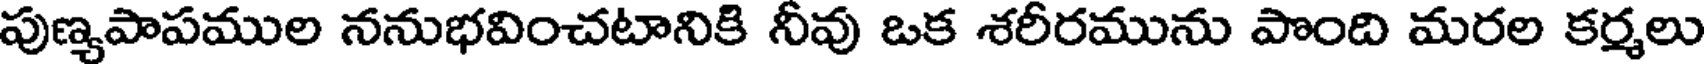
పుణ్యపాపముల ననుభవించటానికి నీవు ఒక శరీరమును పొంది మరల కర్మలు